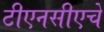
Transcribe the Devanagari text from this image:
टीएनसीएचे